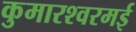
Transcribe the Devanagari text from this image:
कुमारश्‍वरमई